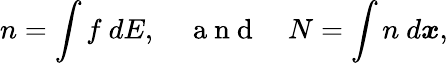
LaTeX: n=\int f\ dE,\quad\mathrm{~a~n~d~}\quad N=\int n\ d\boldsymbol{x},